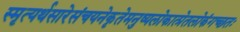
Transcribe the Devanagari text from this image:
स्मृत्यर्थसारेसंचयनेकृतेमनुष्यलोकात्प्रेतलोकंगच्छतः